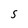
Character: S